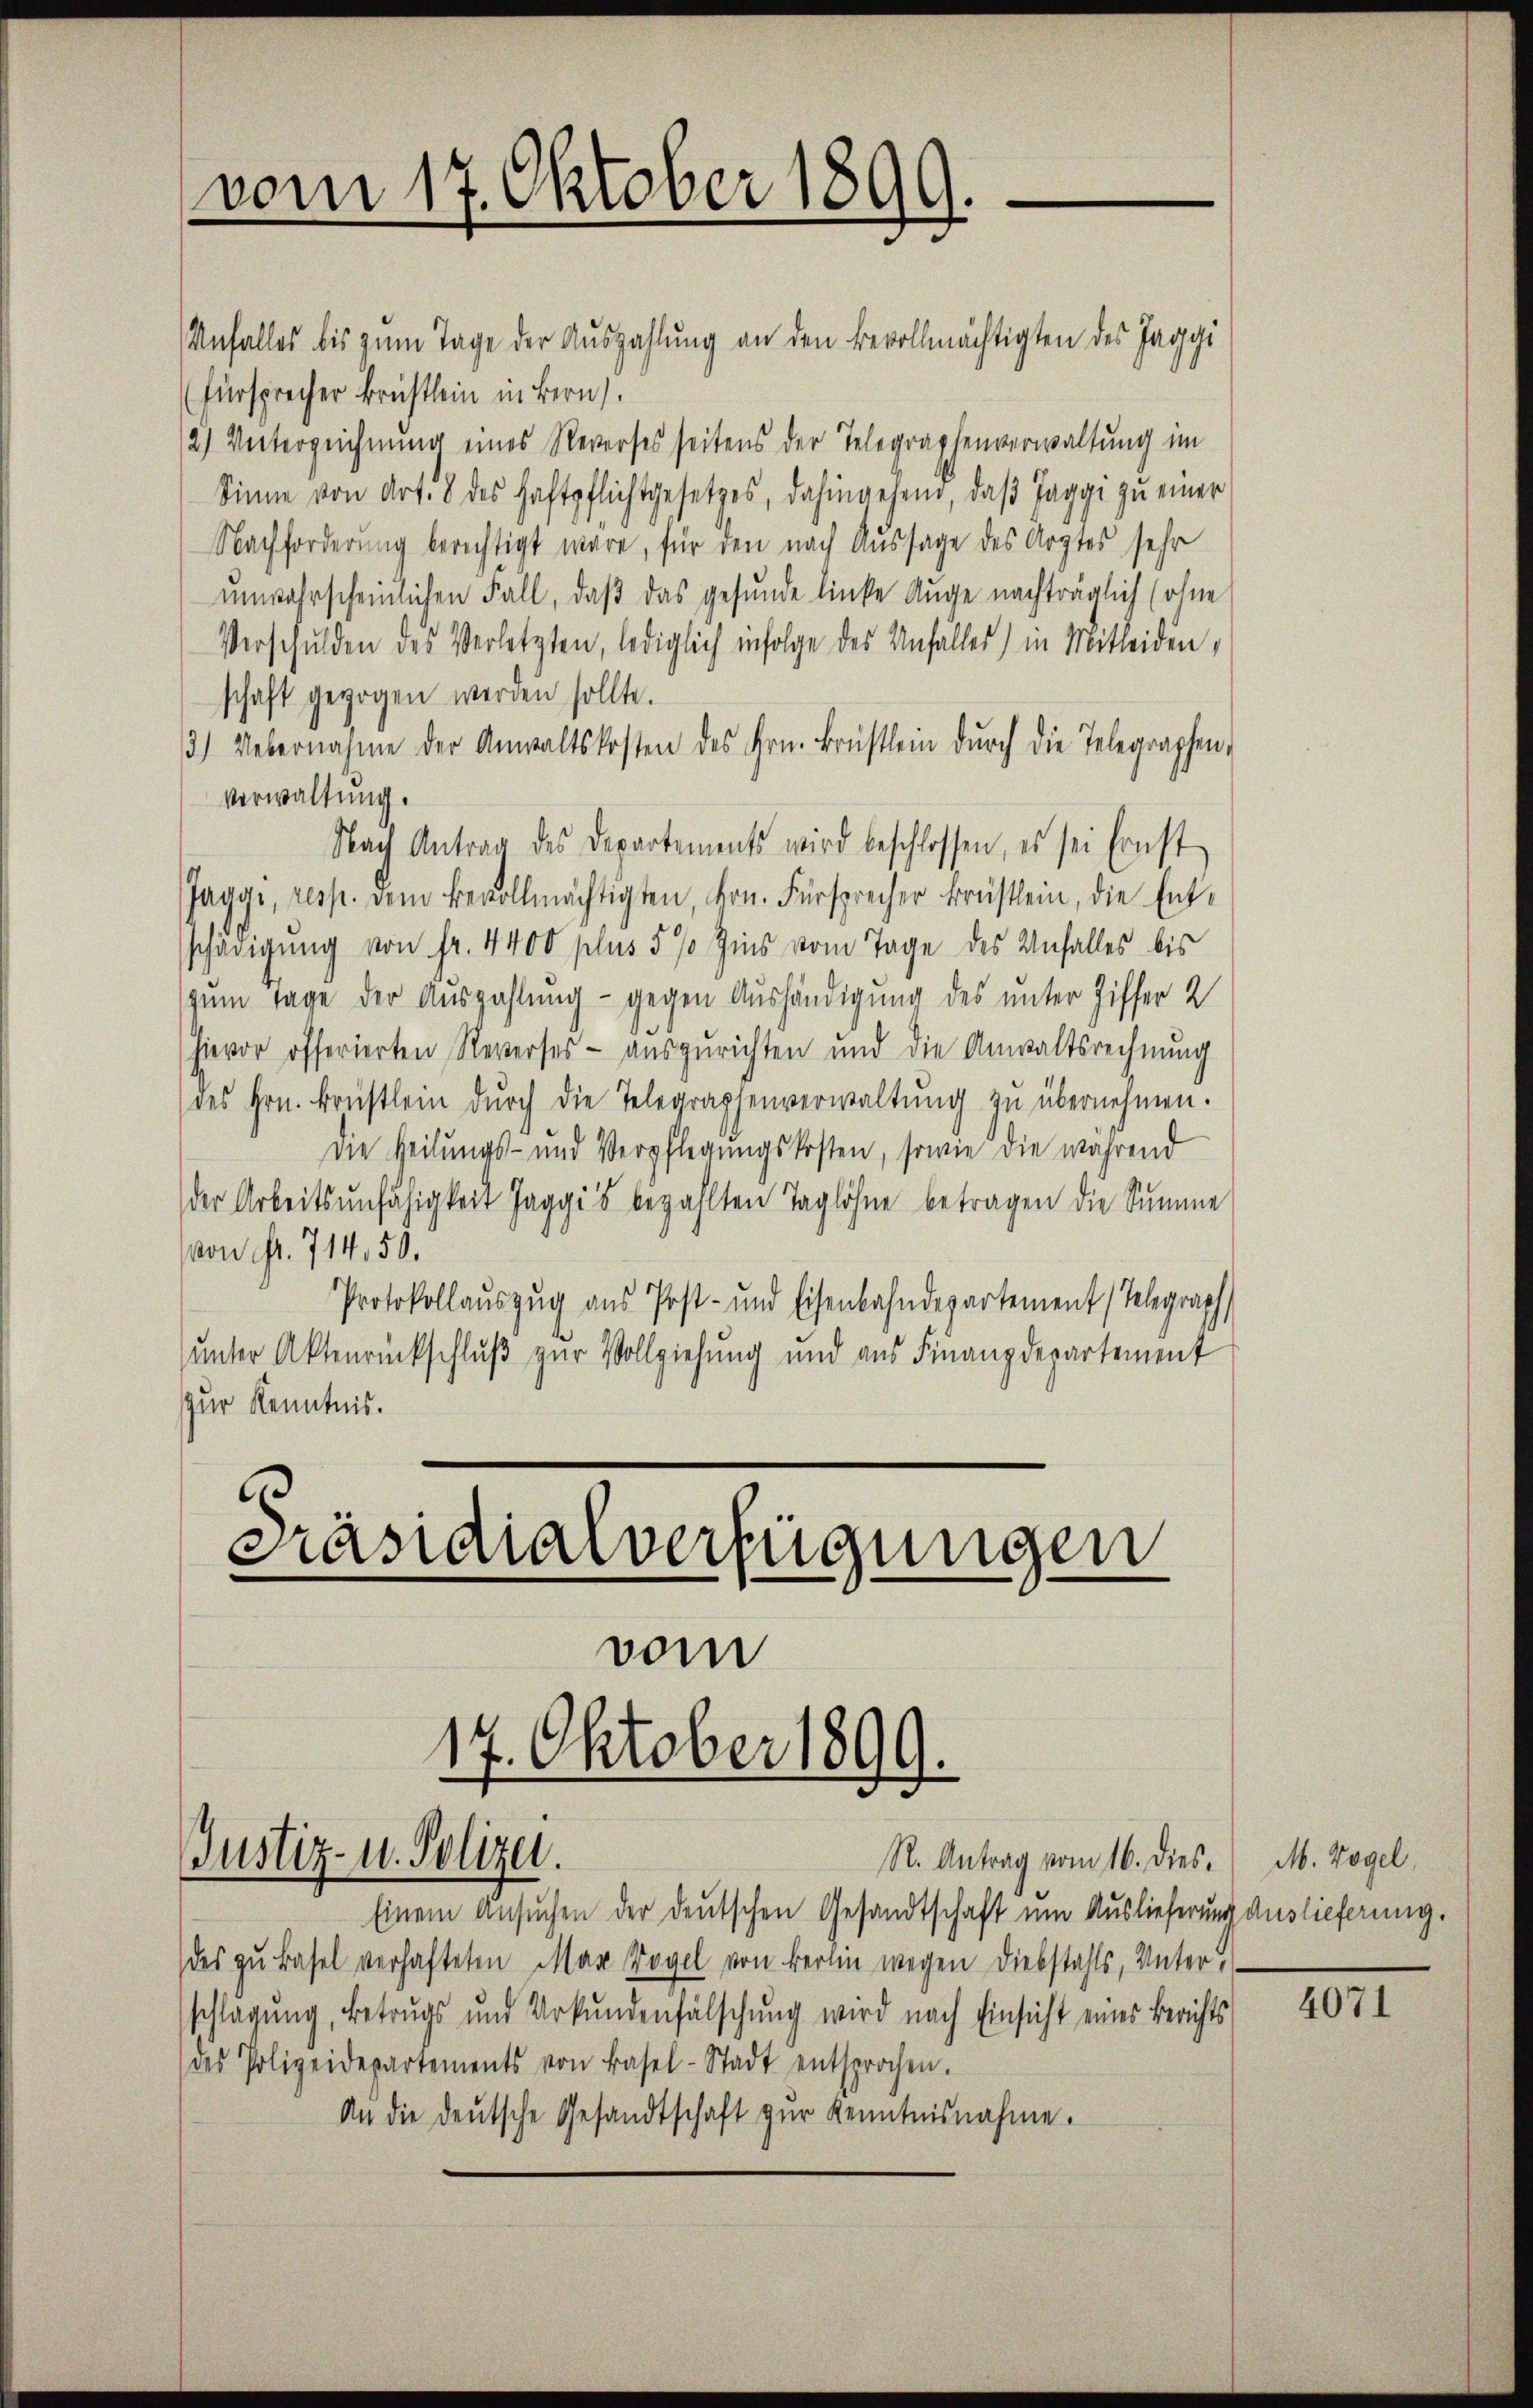
vom 17. Oktober 1899.

Unfalles bis zum Tage der Auszahlung an den Bevollmächtigten des Jaggi
(Fürsprecher Brüchtlein in Bern.
2) Unterzeichnung eines Reverses seitens der Telegraphenverwaltung im
Sinne von Art. 8 des Haftpflichtgesetzes, dahingesend, daß Jagge zu einer
Nachforderung berichtigt wäre, für den nach Aussage des Arztes sehr
unwahrscheinlichen Fall, daβ das gesunde linke Auge nachträglich (ohne
Verschulden des Verletzten, lediglich infolge des Unfall(...) in Mitleiden,
schaft gezogen werden sollte.
3) Uebernahme der Anwaltskosten des Hrn. Brüstlein durch die Telegraphen¬
Verwaltung.
Nach Antrag des Departements wird beschlossen, es sei Ernst
Jaggi, resp. dem bevollmächtigten, dern. Fürsprecher krüstlein, die Ent-
schädigung von fr. 4400 plus 5 % Zins vom Tage des Unfalles bis
zum Tage der Auszahlung - gegen Aushändigung des unter Ziffer 2
hievor offerierten Reverses auszurichten und die Anwaltsrechnŭng
des Hrn. Brüstlein dŭrch die Telegraphenverwaltŭng zu übernehmen.
Die Heilungs- und Verpflegŭngskosten, sowie die während
der Arbeitsunfähigkeit Jaggis bezahlten Taglöhne betragen die Summe
von fr. 714,50.
Protokollauszug aus Post- und Eisenbahndepartement Telegraph
unter Aktenrückschluß zur Vollziehung und aus Finanzdepartement
zur Kenntnis.

Präsidialverfügungen
17. Oktober 1899.
Justiz- u. Polizei.
R. Antrag vom 16. dies¬

vom

Einem Ansuchen der deutschen Gesandtschaft um Auslieferung Auslieferung.
des zu Basel verhafteten Mar Vogel von Berlin wegen Diebstahls, Unterschlagung, betrugs und Urkundenfälschŭng wird nach Einsicht eines Berichts
des Polizeidepartements von Basel-Stadt entsprochen.
An die deŭtsche Gesandtschaft zŭr Kenntnisnahme.

M. Vogel,

4071